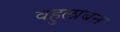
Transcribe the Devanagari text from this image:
वहुलाबन